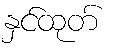
နှင်ထုတ်